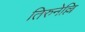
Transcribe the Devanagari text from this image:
तिरुनेल्लि